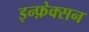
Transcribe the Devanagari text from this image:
इन्फ़ेक्सन